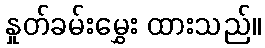
နှုတ်ခမ်းမွှေး ထားသည်။